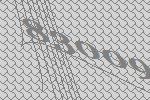
83009